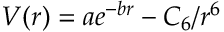
V ( r ) = a e ^ { - b r } - C _ { 6 } / r ^ { 6 }